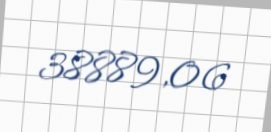
38889,06